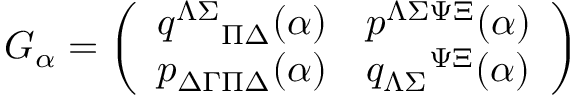
G _ { \alpha } = \left( \begin{array} { l l } { { q ^ { \Lambda \Sigma } { } _ { \Pi \Delta } ( \alpha ) } } & { { p ^ { \Lambda \Sigma \Psi \Xi } ( \alpha ) } } \\ { { p _ { \Delta \Gamma \Pi \Delta } ( \alpha ) } } & { { q _ { \Lambda \Sigma } { } ^ { \Psi \Xi } ( \alpha ) } } \end{array} \right)